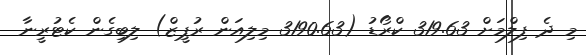
މި ދެ ފިލްމަށް 319.63 ކްރޯޑު (3190.63 މިލިއަން ރުޕީޒް) ލިބިގެން ކެޓުރީނާ